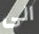
الى